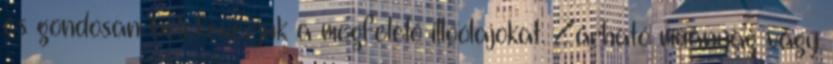
és gondosan belekeverjük a megfelelő illóolajokat. Zárható műanyag vagy